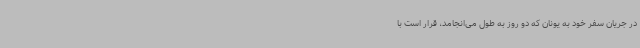
در جریان سفر خود به یونان که دو روز به طول می‌انجامد، قرار است با